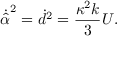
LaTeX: \dot { \hat { \alpha } } ^ { 2 } = \dot { d } ^ { 2 } = \frac { \kappa ^ { 2 } k } { 3 } U .